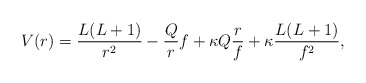
\begin{align*} V(r) = \frac{L(L+1)}{r^2} - \frac{Q}{r}f + \kappa Q \frac{r}{f} + \kappa \frac{L(L+1)}{f^2}, \end{align*}